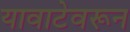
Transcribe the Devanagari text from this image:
यावाटेवरून